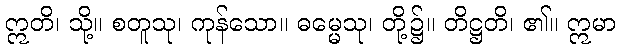
ဣတိ၊ သို့။ စတူသု၊ ကုန်သော။ ဓမ္မေသု၊ တို့၌။ တိဋ္ဌတိ၊ ၏။ ဣမာ